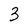
Character: 3